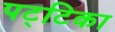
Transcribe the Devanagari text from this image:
पट्‌टिका